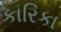
કારિકા